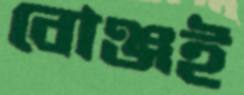
বোঞ্জই